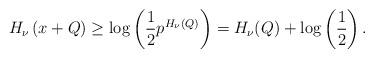
LaTeX: \begin{align*}H_{\nu}\left(x+Q \right)\geq \log\left(\frac{1}{2}p^{H_{\nu}(Q)}\right)=H_{\nu}(Q)+\log\left(\frac{1}{2} \right).\end{align*}